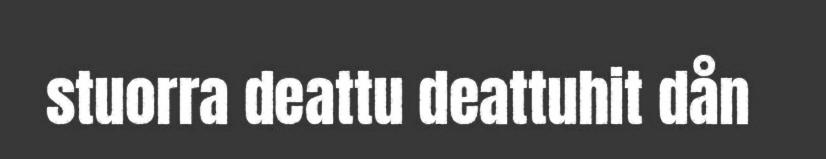
stuorra deattu deattuhit dån